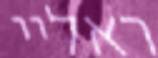
ראליי